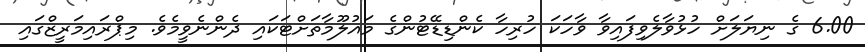
6.00 ގެ ނިޔަލަށް ހުޅުވާލެވިފައިވާ ވާހަކަ ހުރިހާ ކެންޑިޑޭޓުންގެ މައުލޫމާތަށްޓަކައި ދެންނެވީމެވެ. މިޕްރައިމަރީޒްގައި